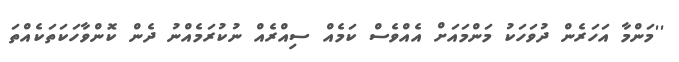
''މަންމާ އަހަރެން ދުވަހަކު މަންމައަށް އެއްވެސް ކަމެއް ސިއްރެއް ނުކުރަމެއްނު ދެން ކޮންވާހަކަތަކެއްތަ